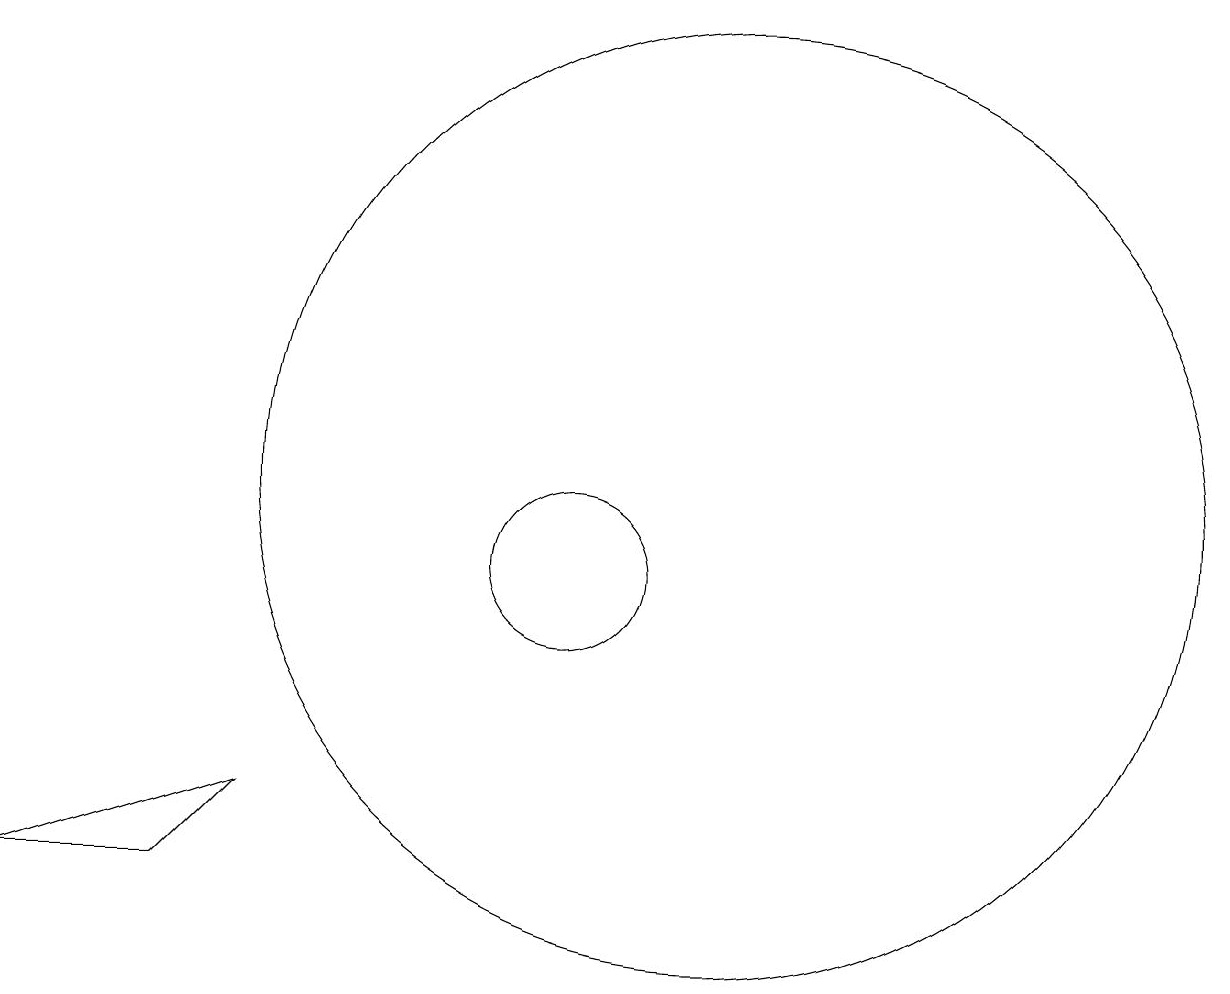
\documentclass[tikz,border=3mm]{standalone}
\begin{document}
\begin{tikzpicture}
\draw (12,11) circle (6);
\draw (3,6) -- (5,6) -- (6,7) -- cycle;
\draw (10,10) circle (1);
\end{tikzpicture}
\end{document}